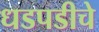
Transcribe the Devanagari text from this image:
धडपडीचे